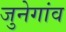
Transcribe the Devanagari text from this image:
जुनेगांव